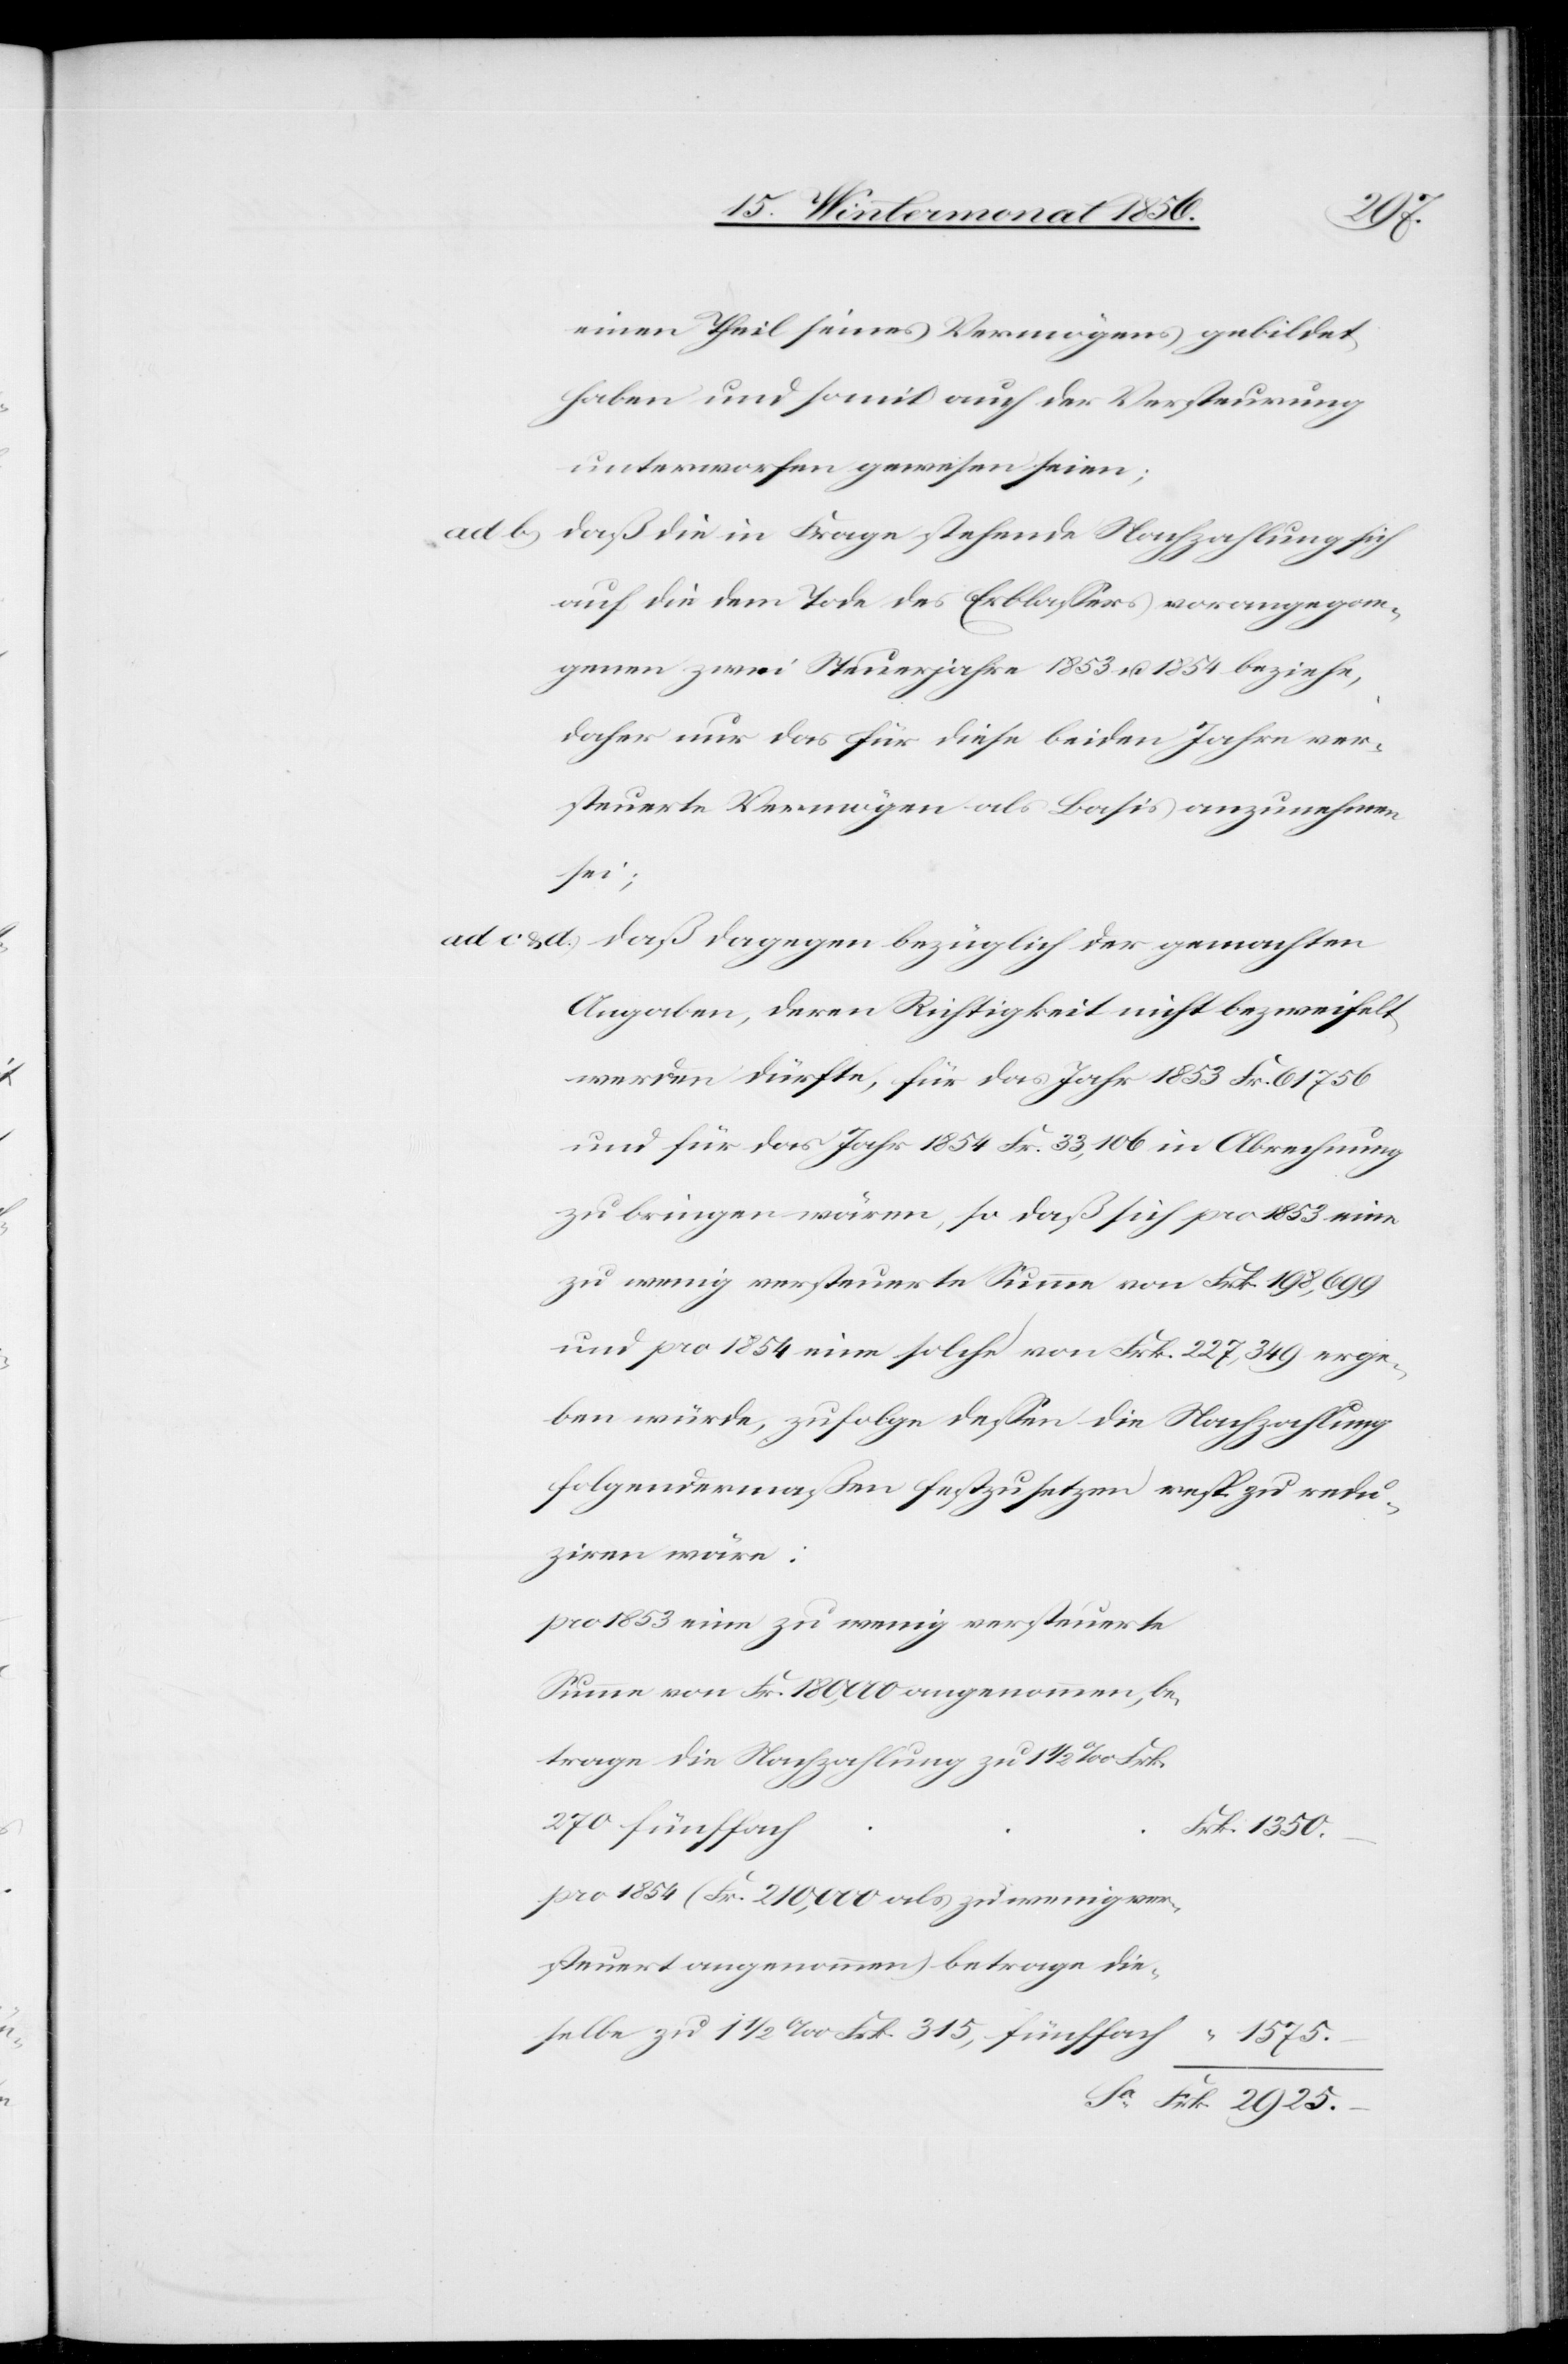
1575.
einen Theil seines Vermögens gebildet
haben und somit auch der Versteurung
unterworfen gewesen seien;
daß die in Frage stehende Nachzahlung sich
auf die dem Tode des Erblassers vorangegan¬
genen zwei Steuerjahre 1853 u. 1854 beziehe,
daher nur das für diese beiden Jahre ver¬
steuerte Vermögen als Basis anzunehmen
der
Angaben, deren Richtigkeit nicht bezweifelt
werden dürfte, für das Jahr 1853 Fr. 61 756
und für das Jahr 1854 Fr. 33,106 in Abrechnung
zu bringen wären, so daß sich pro 1853 eine
zu wenig versteuerte Summe von Frk. 198,699
und pro 1854 eine solche von Frk. 227,349 erge¬
ben würde, zufolge dessen die Nachzahlung
folgendermaßen festzusetzen resp. zu redu¬
ziren wäre:
pro 1853 eine zu wenig versteuerte
Summe von Fr. 180,000 angenommen, be¬
trage die Nachzahlung zu 1 ½ ‰ Frk.
270 fünffach
pro 1854 (Fr. 210,000 als zu wenig ver¬
steuert angenommen) betrage die¬
selbe zu 1 ½ ‰ Frk. 315, fünffach